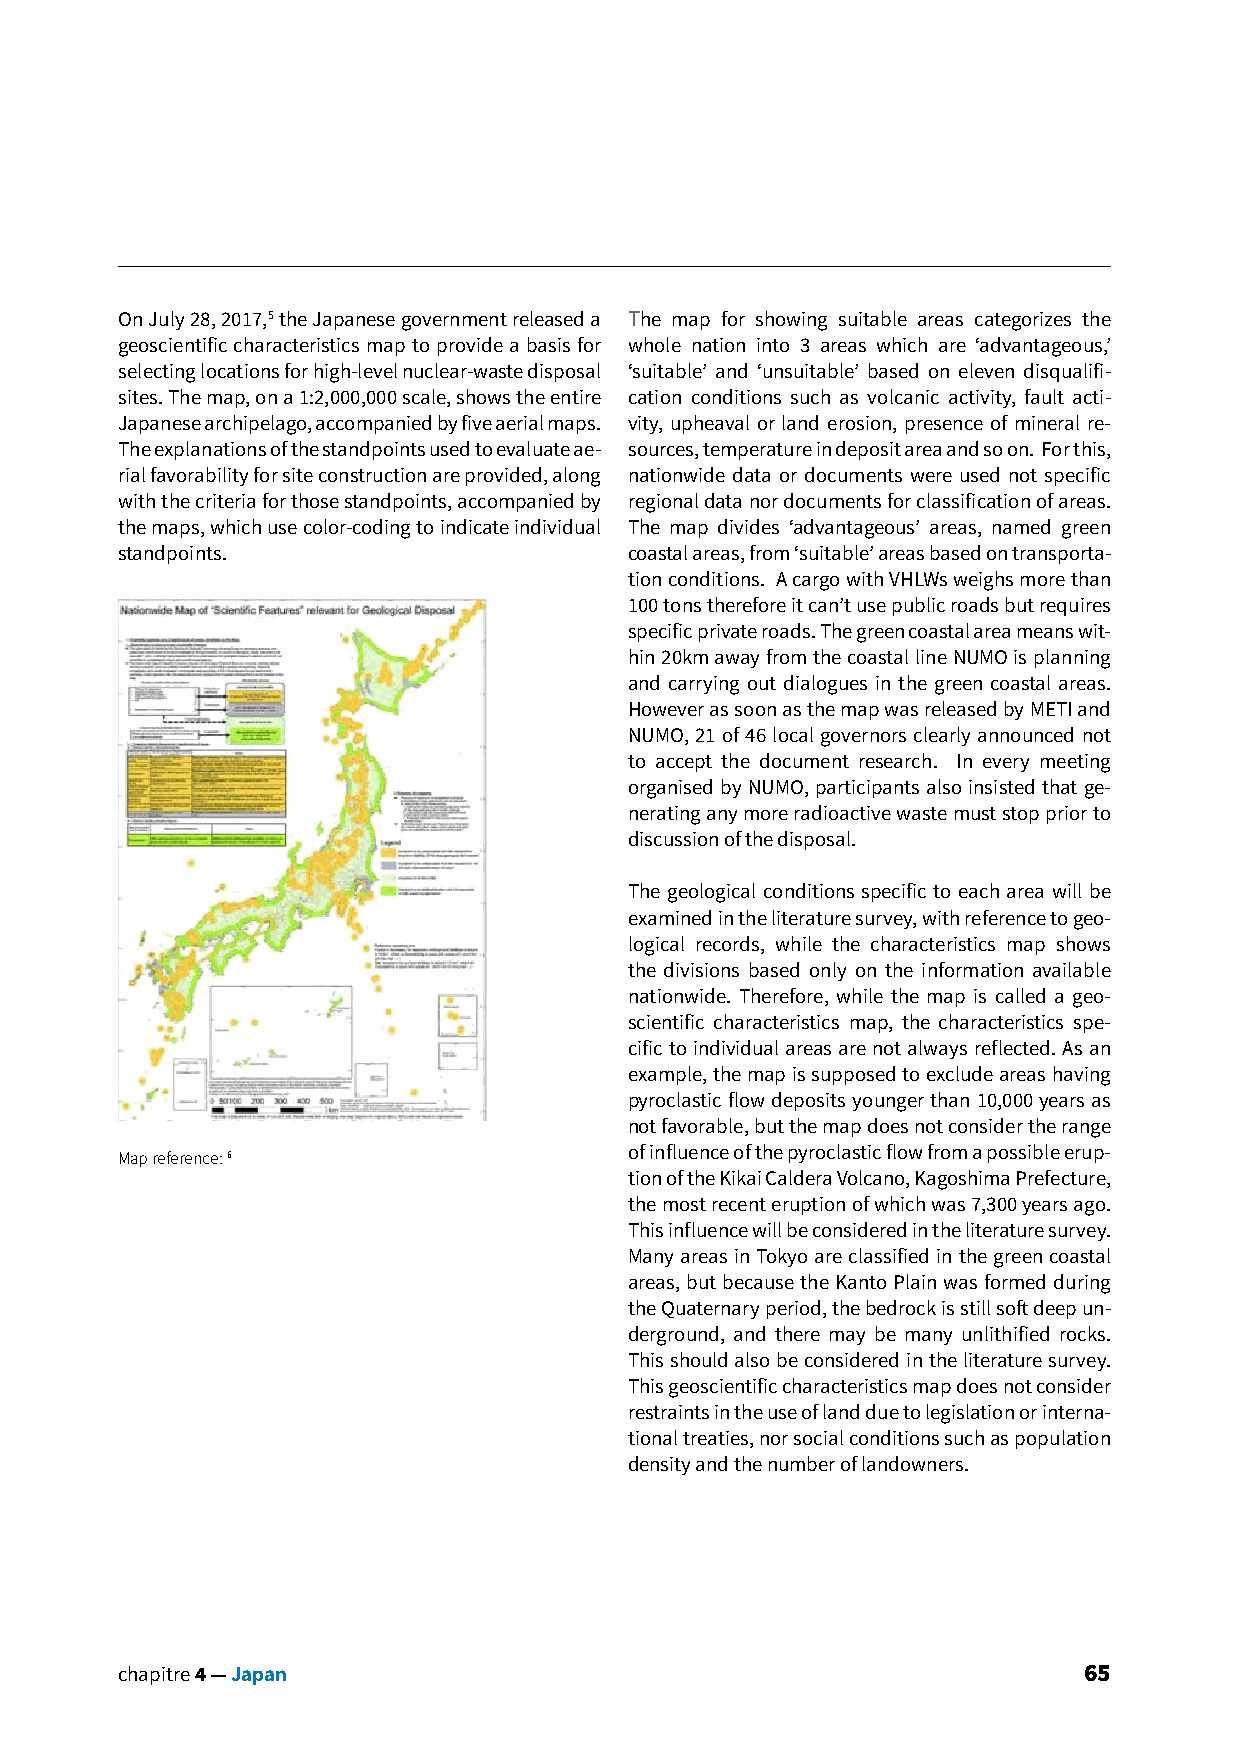
On July 28, 2017,5 the Japanese government released a The map for showing suitable areas categorizes the
 geoscientific characteristics map to provide a basis for whole nation into 3 areas which are ‘advantageous,’
 selecting locations for high-level nuclear-waste disposal ‘suitable’ and ‘unsuitable’ based on eleven disqualifi-
 sites. The map, on a 1:2,000,000 scale, shows the entire cation conditions such as volcanic activity, fault acti-
 Japanese archipelago, accompanied by five aerial maps. vity, upheaval or land erosion, presence of mineral re-
 The explanations of the standpoints used to evaluate ae- sources, temperature in deposit area and so on. For this,
 rial favorability for site construction are provided, along nationwide data or documents were used not specific
 with the criteria for those standpoints, accompanied by regional data nor documents for classification of areas.
 the maps, which use color-coding to indicate individual The map divides ‘advantageous’ areas, named green
 standpoints.                      coastal areas, from ‘suitable’ areas based on transporta-
 tion conditions. A cargo with VHLWs weighs more than
 100 tons therefore it can’t use public roads but requires
 specific private roads. The green coastal area means wit-
 hin 20km away from the coastal line NUMO is planning
 and carrying out dialogues in the green coastal areas.
 However as soon as the map was released by METI and
 NUMO, 21 of 46 local governors clearly announced not
 to accept the document research. In every meeting
 organised by NUMO, participants also insisted that ge-
 nerating any more radioactive waste must stop prior to
 discussion of the disposal.
 The geological conditions specific to each area will be
 examined in the literature survey, with reference to geo-
 logical records, while the characteristics map shows
 the divisions based only on the information available
 nationwide. Therefore, while the map is called a geo-
 scientific characteristics map, the characteristics spe-
 cific to individual areas are not always reflected. As an
 example, the map is supposed to exclude areas having
 pyroclastic flow deposits younger than 10,000 years as
 not favorable, but the map does not consider the range
 Map reference: 6                  of influence of the pyroclastic flow from a possible erup-
 tion of the Kikai Caldera Volcano, Kagoshima Prefecture,
 the most recent eruption of which was 7,300 years ago.
 This influence will be considered in the literature survey.
 Many areas in Tokyo are classified in the green coastal
 areas, but because the Kanto Plain was formed during
 the Quaternary period, the bedrock is still soft deep un-
 derground, and there may be many unlithified rocks.
 This should also be considered in the literature survey.
 This geoscientific characteristics map does not consider
 restraints in the use of land due to legislation or interna-
 tional treaties, nor social conditions such as population
 density and the number of landowners.
 chapitre 4 — Japan                                              65